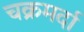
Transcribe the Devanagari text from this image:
चक्रमर्दा